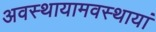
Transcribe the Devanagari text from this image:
अवस्थायामवस्थायां